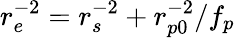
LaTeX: r_{e}^{-2}=r_{s}^{-2}+r_{p0}^{-2}/f_{p}